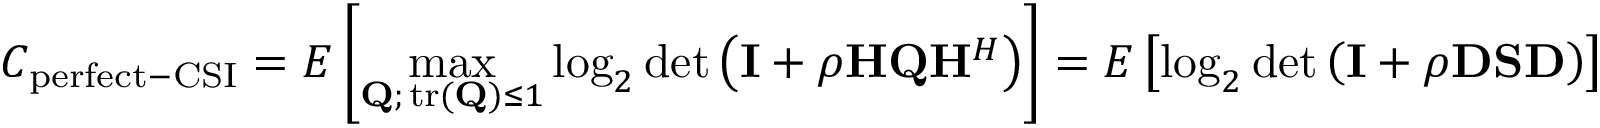
C _ { \mathrm { p e r f e c t - C S I } } = E \left[ \operatorname* { m a x } _ { \mathbf { Q } ; \, { \mathrm { t r } } ( \mathbf { Q } ) \leq 1 } \log _ { 2 } \operatorname* { d e t } \left( \mathbf { I } + \rho \mathbf { H } \mathbf { Q } \mathbf { H } ^ { H } \right) \right] = E \left[ \log _ { 2 } \operatorname* { d e t } \left( \mathbf { I } + \rho \mathbf { D } \mathbf { S } \mathbf { D } \right) \right]